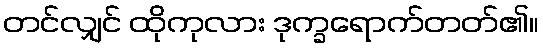
တင်လျှင် ထိုကုလား ဒုက္ခရောက်တတ်၏။